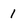
Character: 1